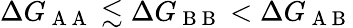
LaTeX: \Delta G_{\mathrm{~A~A~}}\lesssim\Delta G_{\mathrm{~B~B~}}<\Delta G_{\mathrm{~A~B~}}